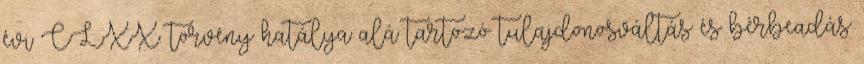
évi CLXX. törvény hatálya alá tartozó tulajdonosváltás és bérbeadás